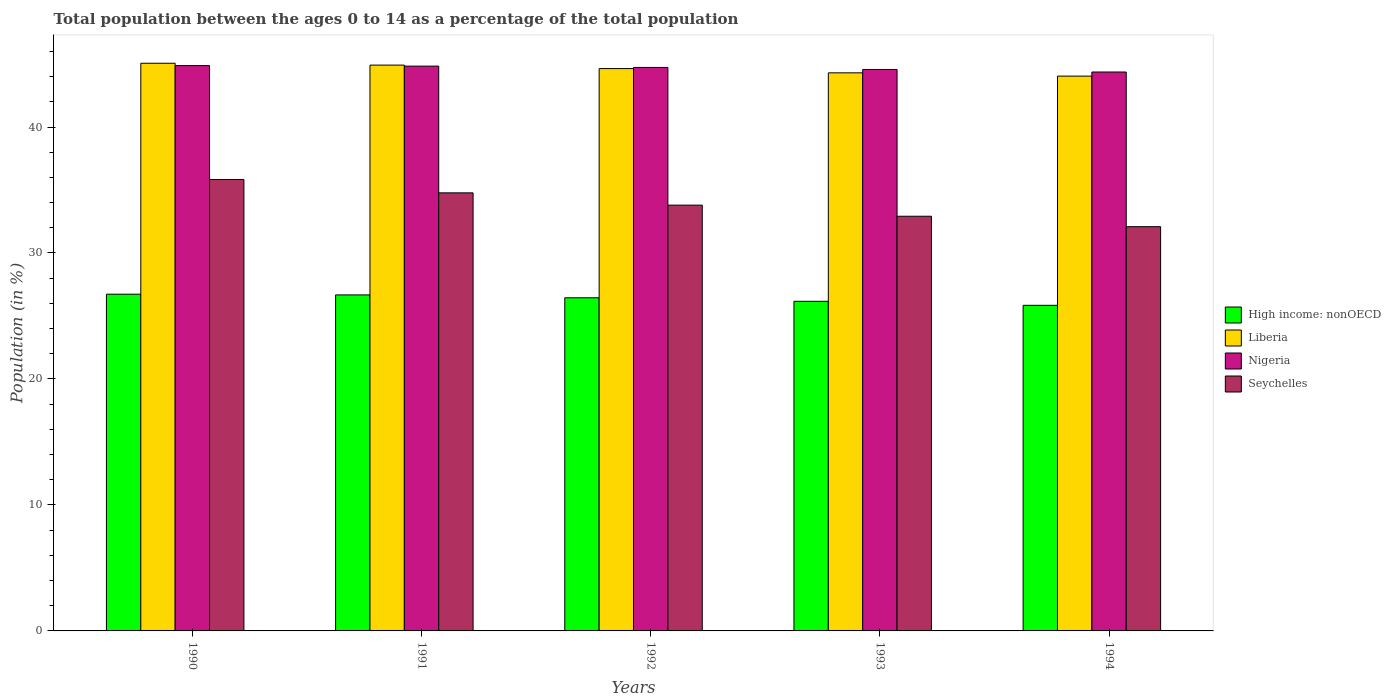
| Years | High income: nonOECD | Liberia | Nigeria | Seychelles |
 | --- | --- | --- | --- | --- |
 | 1990 | 26.7 | 45.1 | 44.9 | 35.8 |
 | 1991 | 26.7 | 44.9 | 44.8 | 34.8 |
 | 1992 | 26.4 | 44.6 | 44.7 | 33.8 |
 | 1993 | 26.2 | 44.3 | 44.6 | 32.9 |
 | 1994 | 25.8 | 44 | 44.4 | 32.1 |